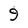
Character: 9